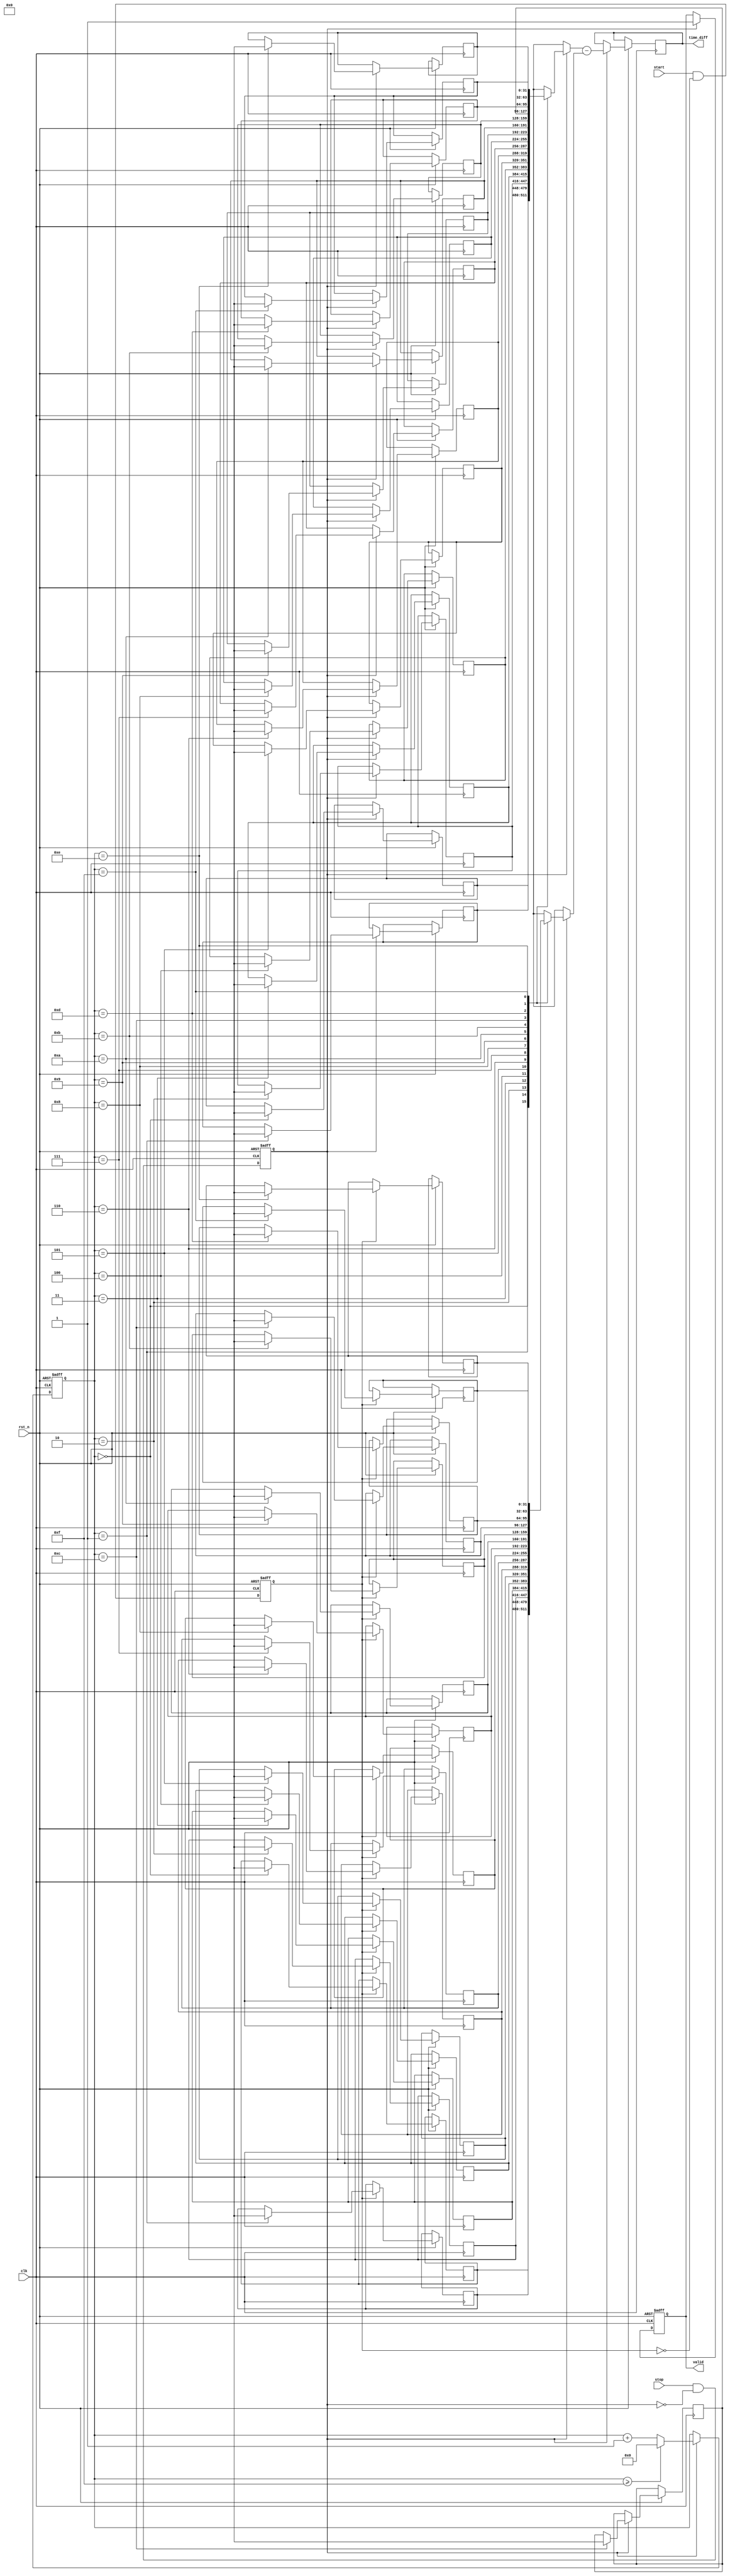
module TDC (
    input wire clk,          // High-frequency clock
    input wire rst_n,        // Active low reset
    input wire start,        // START signal
    input wire stop,         // STOP signal
    output reg [31:0] time_diff, // Time difference output
    output reg valid         // Valid output signal
);

// Parameters
parameter DEPTH = 16; // Number of entries in memory
reg [31:0] start_time [0:DEPTH-1]; // START timestamps
reg [31:0] stop_time [0:DEPTH-1];  // STOP timestamps
reg [3:0] index; // Index for memory storage
reg start_detected; // Flag for start event detection
reg stop_detected; // Flag for stop event detection

// Edge detection for START signal
always @(posedge clk or negedge rst_n) begin
    if (!rst_n) begin
        start_detected <= 0;
    end else begin
        start_detected <= start && !start_detected; // Detect rising edge
    end
end

// Edge detection for STOP signal
always @(posedge clk or negedge rst_n) begin
    if (!rst_n) begin
        stop_detected <= 0;
    end else begin
        stop_detected <= stop && !stop_detected; // Detect rising edge
    end
end

// Timestamp generation and storage
always @(posedge clk or negedge rst_n) begin
    if (!rst_n) begin
        index <= 0;
        valid <= 0;
    end else begin
        if (start_detected) begin
            start_time[index] <= $time; // Store the current time as START timestamp
        end
        if (stop_detected) begin
            stop_time[index] <= $time; // Store the current time as STOP timestamp
            time_diff <= stop_time[index] - start_time[index]; // Calculate time difference
            valid <= 1; // Indicate that the output is valid
            index <= index + 1; // Increment index for the next entry
            if (index >= DEPTH - 1) begin
                index <= 0; // Wrap around if we reach the depth limit
            end
        end
    end
end

endmodule